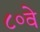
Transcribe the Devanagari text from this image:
८०वे